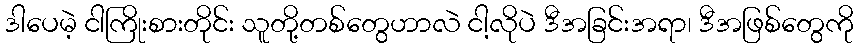
ဒါပေမဲ့ ငါကြိုးစားတိုင်း သူတို့တစ်တွေဟာလဲ ငါ့လိုပဲ ဒီအခြင်းအရာ၊ ဒီအဖြစ်တွေကို